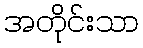
အတိုင်းသာ